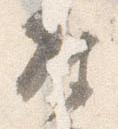
座